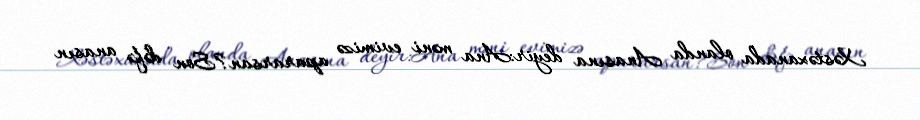
Xəstəxanada olanda Anasına deyir:Ana məni evimizə apararsan?Son dəfə anasın